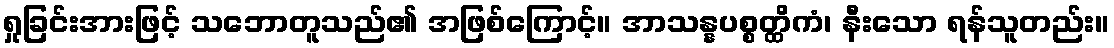
ရှုခြင်းအားဖြင့် သဘောတူသည်၏ အဖြစ်ကြောင့်။ အာသန္နပစ္စတ္ထိကံ၊ နီးသော ရန်သူတည်း။